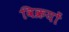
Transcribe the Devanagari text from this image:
विक्रयों